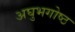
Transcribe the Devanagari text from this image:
अघुभगोष्ठ